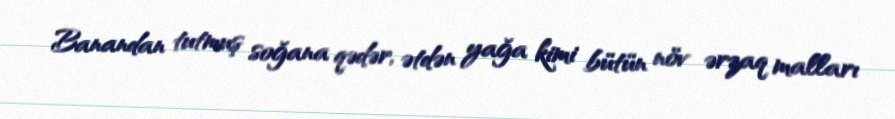
Banandan tutmuş soğana qədər, ətdən yağa kimi bütün növ ərzaq malları